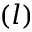
( l )